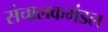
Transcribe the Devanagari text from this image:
संचालकमंडल